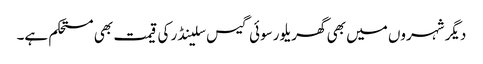
دیگر شہروں میں بھی گھریلو رسوئی گیس سلینڈر کی قیمت بھی مستحکم ہے۔